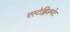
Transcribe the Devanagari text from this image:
एस्टेब्लिशमेंट